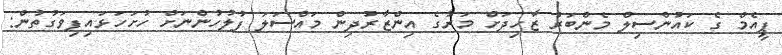
ޕީއެމް ގެ ކައުންސިލް މެންބަރު ޒާހިދަށް މަރުގެ އިންޒާރުދިން މައްސަލަ ފުލުހުންނަށް ހުށަހަޅައިފިވަގުތުން: